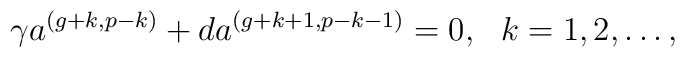
\gamma a^{(g+k,p-k)} + da^{(g+k+1,p-k-1)} = 0, \ \ k=1,2,\ldots ,